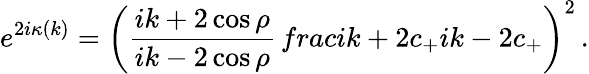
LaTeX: e^{2i\kappa(k)}=\left(\frac{ik+2\cos\rho}{ik-2\cos\rho}\, frac{ik+2c_{+}}{ik-2c_{+}}\right)^{2}\, .